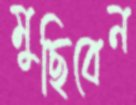
মুছিবেন